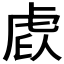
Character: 𧆩